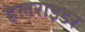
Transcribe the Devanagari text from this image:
हेलराइडर